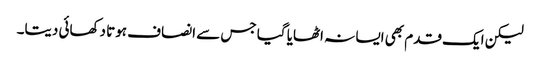
لیکن ایک قدم بھی ایسا نہ اٹھایا گیا جس سے انصاف ہوتا دکھائی دیتا۔